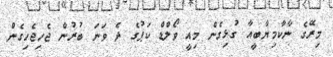
މިރޭގެ ނާކާމިޔާބީއާ ގުޅިގެން މިއީ ވޯލްޑް ކަޕުގެ ދެ ވަނަ ބުރުން ޖެހިޖެހިގެން